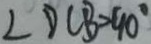
\angle D C B = 4 0 ^ { \circ }